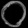
Digit: ၀